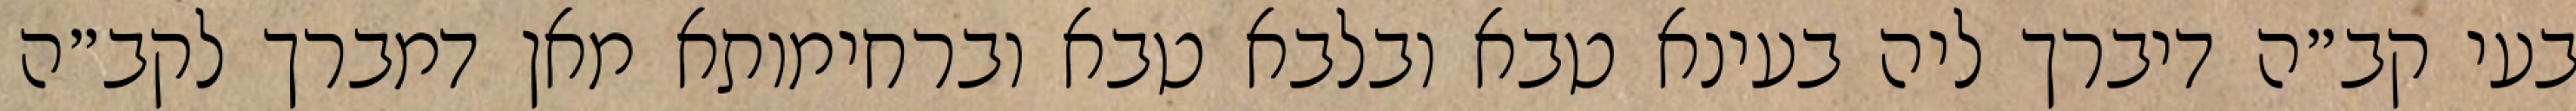
בעי קב״ה דיברך ליה בעינא טבא ובלבא טבא וברחימותא מאן דמברך לקב״ה